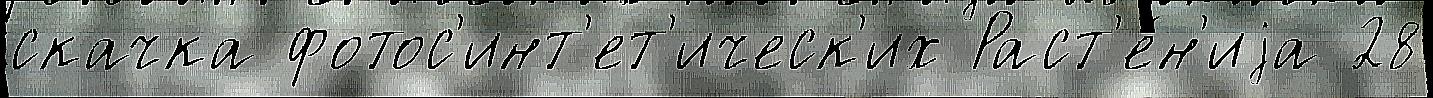
скачка фотос'инт'ет'ическ'их Раст'е́н'иjа 28